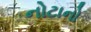
નોટાનો